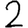
Digit: 2